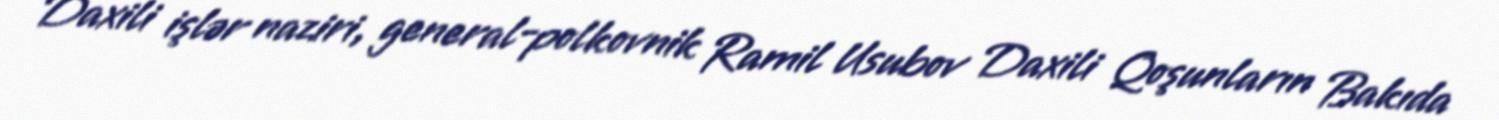
Daxili işlər naziri, general-polkovnik Ramil Usubov Daxili Qoşunların Bakıda